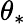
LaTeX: \theta_{\ast}